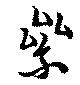
累